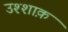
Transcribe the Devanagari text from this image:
उश्शाक़